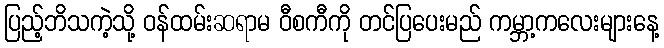
ပြည့်ဘိသကဲ့သို့ ဝန်ထမ်းဆရာမ ဝီစကီကို တင်ပြပေးမည် ကမ္ဘာ့ကလေးများနေ့